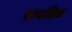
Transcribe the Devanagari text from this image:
वाघबिळ